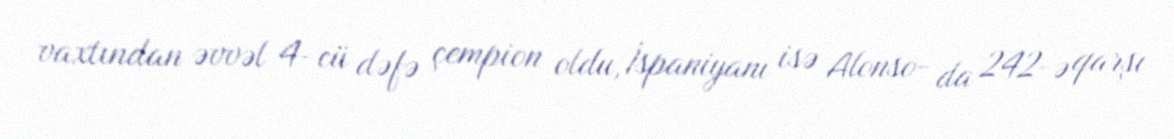
vaxtından əvvəl 4-cü dəfə çempion oldu, İspaniyanı isə Alonso- da 242-ə qarşı